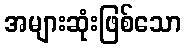
အများဆုံးဖြစ်သော